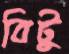
বিটু